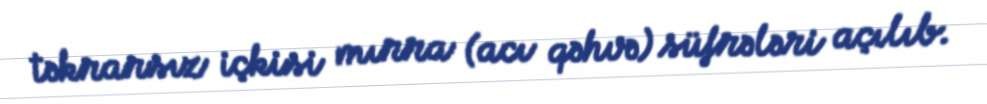
təkrarsız içkisi mırra (acı qəhvə) süfrələri açılıb.